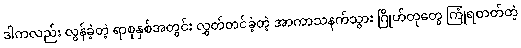
ဒါကလည်း လွန်ခဲ့တဲ့ ရာစုနှစ်အတွင်း လွှတ်တင်ခဲ့တဲ့ အာကာသနက်သွား ဂြိုဟ်တုတွေ ကြုံရတတ်တဲ့